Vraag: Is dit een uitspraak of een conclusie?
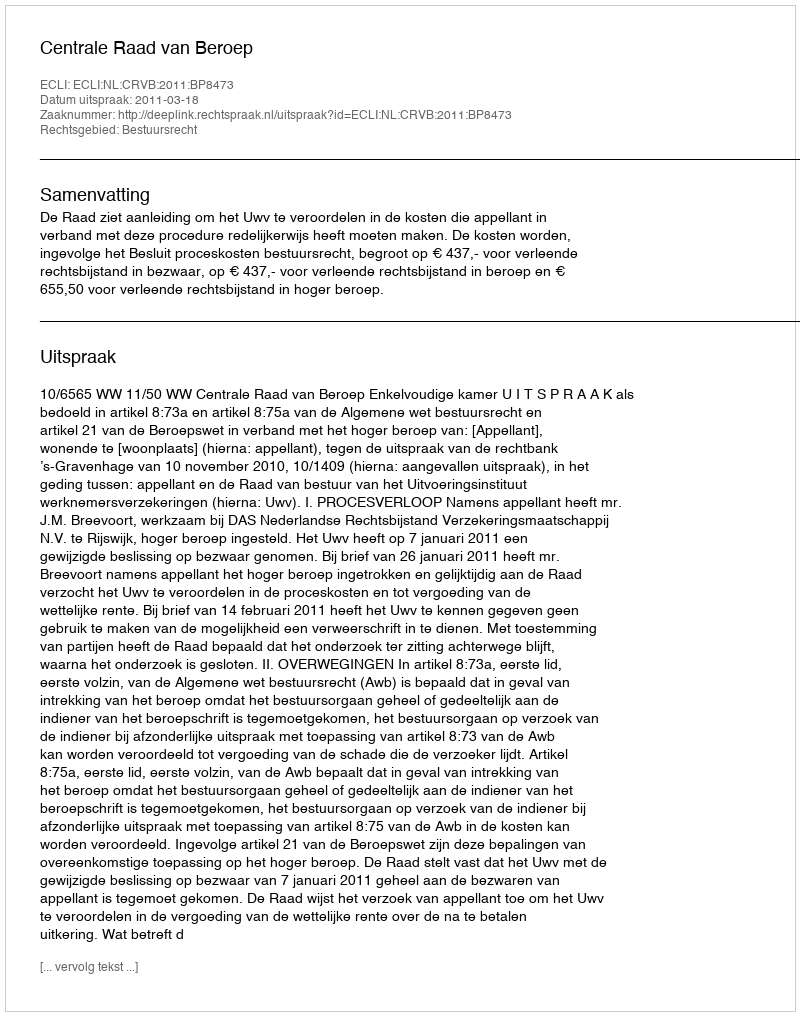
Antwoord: Uitspraak